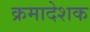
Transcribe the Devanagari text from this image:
क्रमादेशक